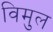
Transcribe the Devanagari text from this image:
विमुल